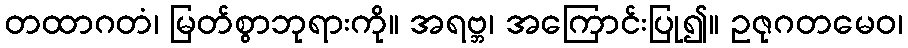
တထာဂတံ၊ မြတ်စွာဘုရားကို။ အရဗ္ဘ၊ အကြောင်းပြု၍။ ဥဇုဂတမေဝ၊